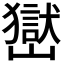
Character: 𡽺